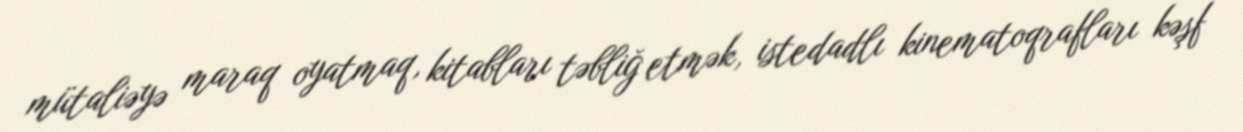
mütaliəyə maraq oyatmaq, kitabları təbliğ etmək, istedadlı kinematoqrafları kəşf